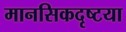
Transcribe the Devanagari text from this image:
मानसिकदृष्टया